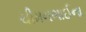
ચીમનભાઈના